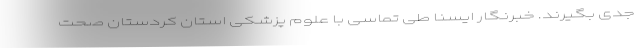
جدی بگیرند. خبرنگار ایسنا طی تماسی با علوم پزشکی استان کردستان صحت